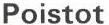
Poistot